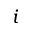
i